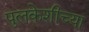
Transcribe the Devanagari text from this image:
पुलकेशीच्या